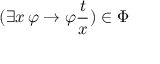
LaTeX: ( \exists x \, \varphi \to \varphi { \frac { t } { x } } ) \in \Phi